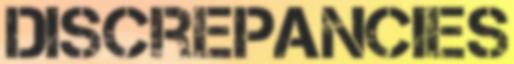
DISCREPANCIES